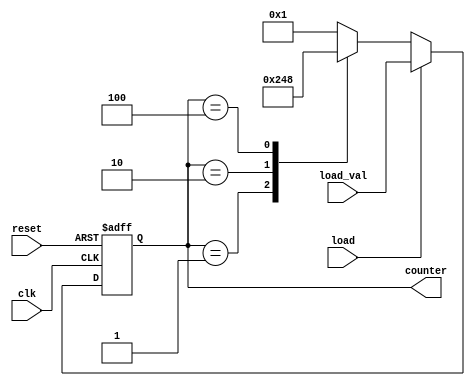
module loadable_ring_counter (
    input wire clk,           // Clock input
    input wire reset,         // Asynchronous reset
    input wire load,          // Load input
    input wire [3:0] load_val,// Value to load into the counter
    output reg [3:0] counter   // Current state of the counter
);

// Always block for synchronous logic
always @(posedge clk or posedge reset) begin
    if (reset) begin
        // Asynchronous reset: Clear the counter and set first bit
        counter <= 4'b0001; // Set initial state (first bit set)
    end else if (load) begin
        // Load mode: Load new value into the counter
        counter <= load_val;
    end else begin
        // Counting mode: Shift '1' bit around the ring
        case (counter)
            4'b0001: counter <= 4'b0010; // Shift right
            4'b0010: counter <= 4'b0100; // Shift right
            4'b0100: counter <= 4'b1000; // Shift right
            4'b1000: counter <= 4'b0001; // Wrap around
            default: counter <= 4'b0001; // Default case (should not occur)
        endcase
    end
end

endmodule